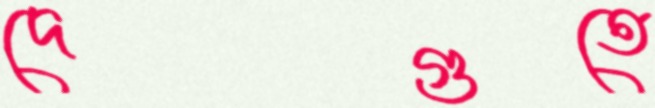
দেগুতে